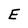
Character: E